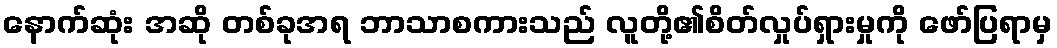
နောက်ဆုံး အဆို တစ်ခုအရ ဘာသာစကားသည် လူတို့၏စိတ်လှုပ်ရှားမှုကို ဖော်ပြရာမှ